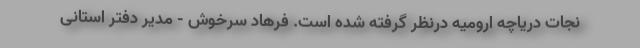
نجات دریاچه ارومیه درنظر گرفته شده است. فرهاد سرخوش - مدیر دفتر استانی